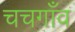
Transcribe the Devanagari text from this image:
चचगाँव